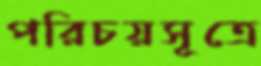
পরিচয়সূত্রে